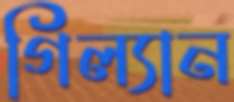
গিল্যান